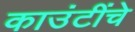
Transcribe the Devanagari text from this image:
काउंटींचे